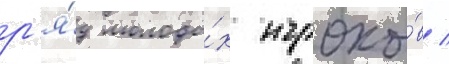
р'я́д молоды́х игроко́в /